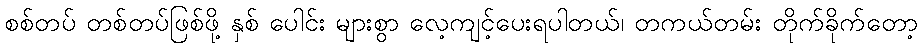
စစ်တပ် တစ်တပ်ဖြစ်ဖို့ နှစ် ပေါင်း များစွာ လေ့ကျင့်ပေးရပါတယ်၊ တကယ်တမ်း တိုက်ခိုက်တော့